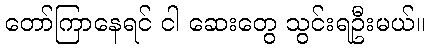
တော်ကြာနေရင် ငါ ဆေးတွေ သွင်းရဦးမယ်။